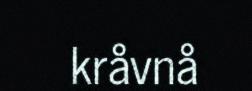
kråvnå